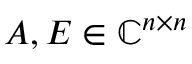
A , E \in \mathbb { C } ^ { n \times n }